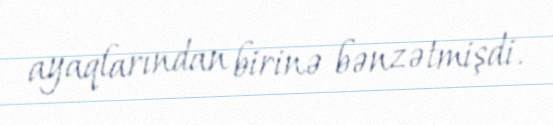
ayaqlarından birinə bənzətmişdi.